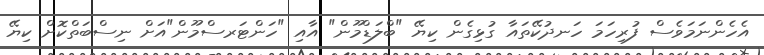
އެހެންނަމަވެސް ފުރިހަމަ ހަނދުކޭތައާ ގުޅިގެން ކިޔޭ "ބްލަޑްމޫން" އާއި "ހަންޓަރސްމޫން"އަށް ނިސްބަތްކޮށް ކިޔޭ